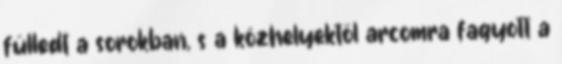
fülledt a sorokban, s a közhelyektől arcomra fagyott a